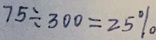
7 5 \div 3 0 0 = 2 5 \%